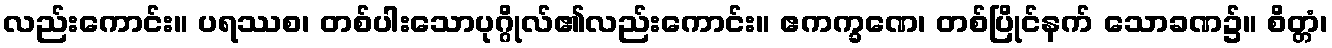
လည်းကောင်း။ ပရဿစ၊ တစ်ပါးသောပုဂ္ဂိုလ်၏လည်းကောင်း။ ဧကက္ခဏေ၊ တစ်ပြိုင်နက် သောခဏ၌။ စိတ္တံ၊